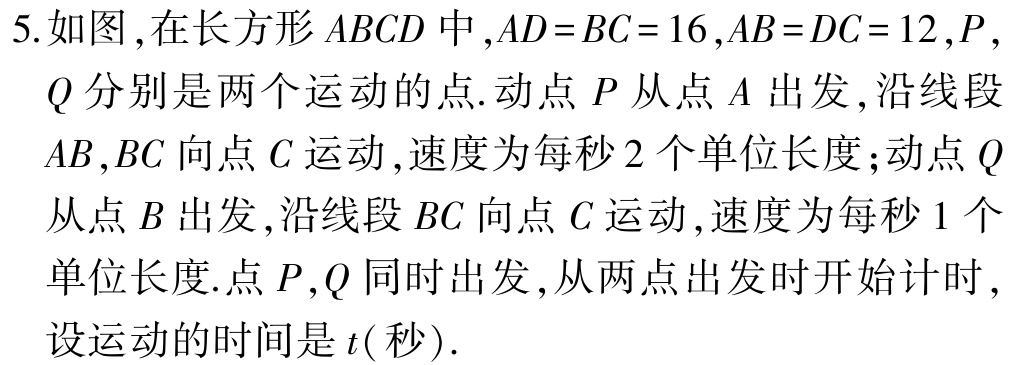
5. 如图，在长方形\(ABCD\)中，\(AD = BC = 16\)，\(AB = DC = 12\)，\(P\)，\(Q\)分别是两个运动的点. 动点\(P\)从点\(A\)出发，沿线段\(AB\)，\(BC\)向点\(C\)运动，速度为每秒\(2\)个单位长度；动点\(Q\)从点\(B\)出发，沿线段\(BC\)向点\(C\)运动，速度为每秒\(1\)个单位长度. 点\(P\)，\(Q\)同时出发，从两点出发时开始计时，设运动的时间是\(t(\)秒\()\).